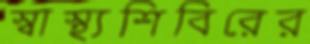
স্বাস্থ্যশিবিরের